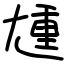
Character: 尰